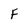
Character: F